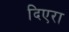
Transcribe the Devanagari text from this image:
दिएरा